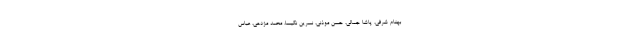
بهنام شرفی، پاشا جمالی، حسن موذنی، نسرین نکیسا، محمد مژدهی، عباس